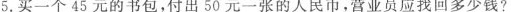
5.买一个45元的书包，付出50元一张的人民币，营业员应找回多少钱?